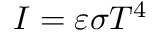
I = \varepsilon \sigma T ^ { 4 }